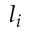
l _ { i }